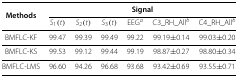
| Methods | <COLSPAN=6> Signal |
 |  | S1(t) | S2(t) | S3(t) | EEG a | C3_RH_All b | C4_RH_All b |
 | --- | --- | --- | --- | --- | --- | --- |
 | BMFLC-KF | 99.47 | 99.39 | 99.49 | 99.22 | 99.19 ±0.14 | 99.03 ±0.20 |
 | BMFLC-KS | 99.53 | 99.12 | 99.44 | 99.19 | 98.87 ±0.27 | 98.80 ±0.34 |
 | BMFLC-LMS | 96.60 | 94.26 | 96.68 | 93.68 | 93.42 ±0.69 | 93.55 ±0.71 |